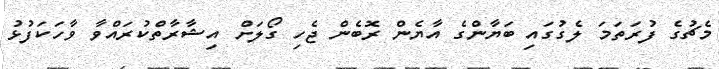
މެޗުގެ ފުރަތަމަ ލެގުގައި ބަޔާންގެ އާޔެން ރޮބެން ޖެހި ގޯލަށް އިޝާރާތްކުރައްވާ ވާހަކަފުޅު